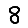
Digit: 8